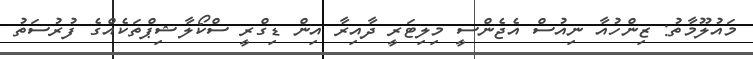
މައުލޫމާތު: ޒިންހުއާ ނިއުސް އެޖެންސީ މިލިޓަރީ ދާއިރާ އިން ޑިގްރީ ސްކޯލާޝިޕްތަކެއްގެ ފުރުސަތު